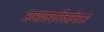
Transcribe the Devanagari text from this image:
समाजपरिवर्तनास